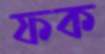
ফক